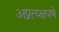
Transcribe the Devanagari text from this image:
अप्रत्य्क्षपणे